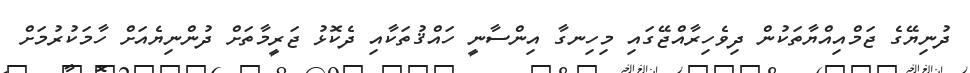
ދުނިޔޭގެ ޖަމްއިއްޔާތަކުން ދިވެހިރާއްޖޭގައި މިހިނގާ އިންސާނީ ހައްޤުތަކާއި ދެކޮޅު ޖަރީމާތަށް ދުންނިޔެއަށް ހާމަކުރުމަށް